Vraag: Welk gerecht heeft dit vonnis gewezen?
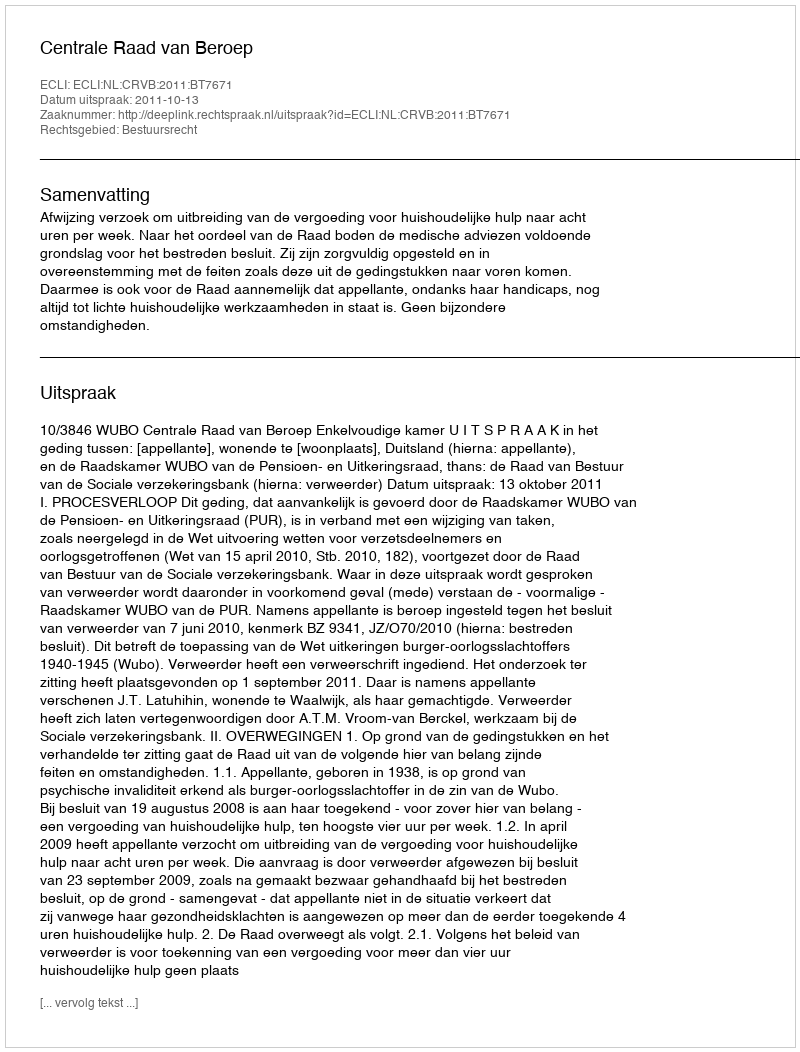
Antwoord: Centrale Raad van Beroep